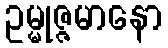
ဥမ္မုဇ္ဇမာနော